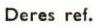
Deres ref.